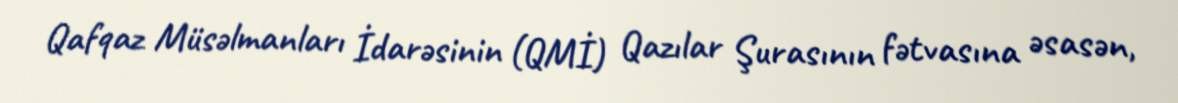
Qafqaz Müsəlmanları İdarəsinin (QMİ) Qazılar Şurasının fətvasına əsasən,